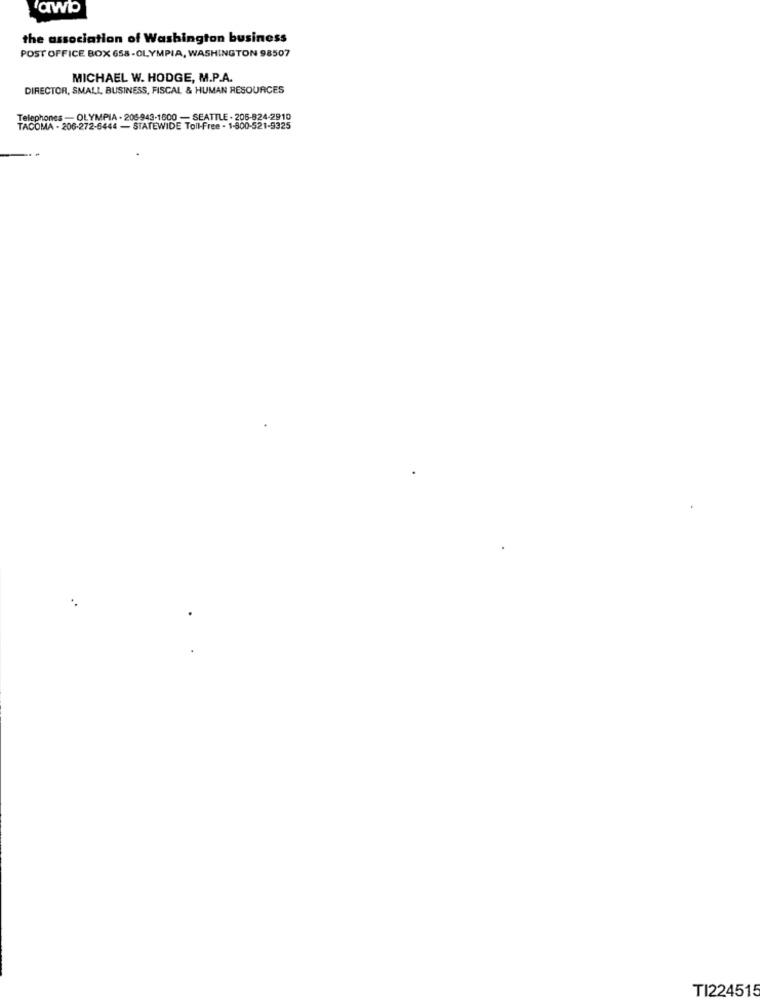
awp
the association of Washington business
POST OFFICE BOX 658-OLYMPIA, WASHINGTON 98507
MICHAEL W. HODGE, M.P.A.
DIRECTOR, SMALL BUSINESS, FISCAL & HUMAN RESOURCES
Telephones - OLYMPIA - 208-943-1600 - SEATTLE - 206-824-2910
TACOMA - 206-272-6444 - STATEWIDE Toll-Free - 1-800-521-9325
TI224515